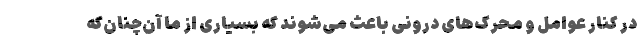
در کنار عوامل و محرک‌های درونی باعث می‌شوند که بسیاری از ما آن‌چنان‌که